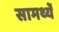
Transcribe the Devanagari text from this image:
सामर्थ्ये